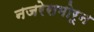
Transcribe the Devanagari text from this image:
नजरेसमोरून